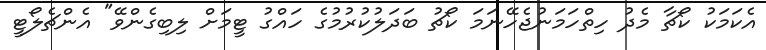
އެކަމަކު ކޯޗާ މެދު ހިތްހަމަނުޖެހޭނަމަ ކޯޗު ބަދަލުކުރުމުގެ ހައްގު ޓީމަށް ލިބިގެންވޭ" އެންޗެލޯޓީ